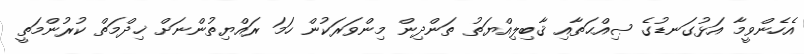
އެހެންވީމާ އަޅުގަނޑުގެ ޞިއްޙަތާއި ޤާބިލިއްޔަތު ތަންދިން މިންވަރަކުން ހަމަ ރައްޔިތުންނަށް ޚިދްމަތް ކުރުންމަތީ